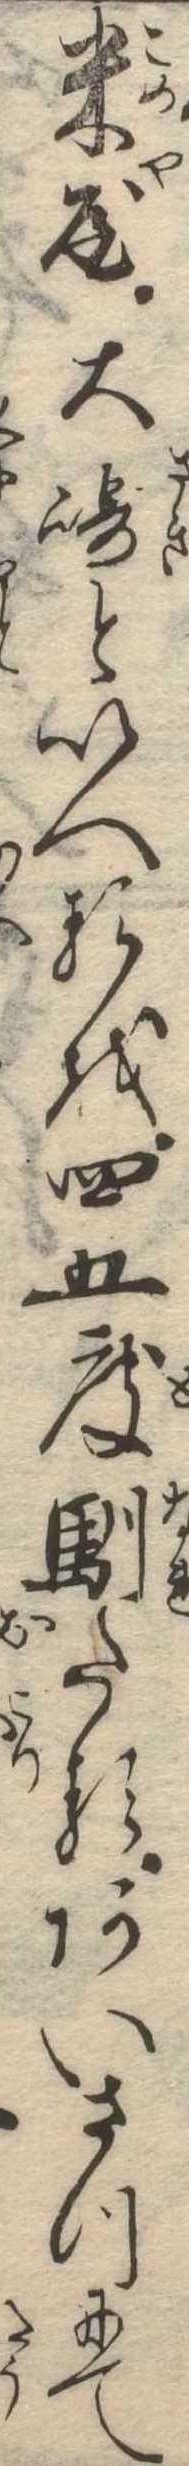
米屋大崎といへるを四五度馴たるあいさつにて